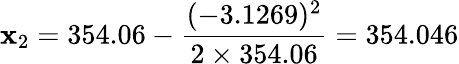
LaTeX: \mathbf{x}_{2}=354.06-{\frac{{(-3.1269)^{2}}}{{2\times354.06}}}=354.046